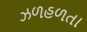
ઝળહળતા